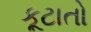
કૂટાતો